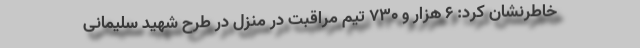
خاطرنشان کرد: ۶ هزار و ۷۳۰ تیم مراقبت در منزل در طرح شهید سلیمانی